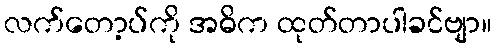
လက်တော့ပ်ကို အဓိက ထုတ်တာပါခင်ဗျာ။